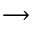
\longrightarrow